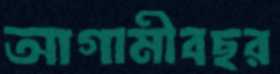
আগামীবছর